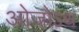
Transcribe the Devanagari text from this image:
ओजोऽथ